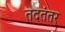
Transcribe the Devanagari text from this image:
तदतंतर